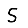
Digit: 5